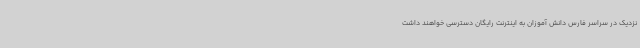
نزدیک در سراسر فارس دانش آموزان به اینترنت رایگان دسترسی خواهند داشت